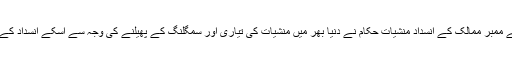
دوسری طرف شانگھائی تعاون تنظیم کے ممبر ممالک کے انسداد منشیات حکام نے دنیا بھر میں منشیات کی تیاری اور سمگلنگ کے پھیلنے کی وجہ سے اسکے انسداد کے لیے تعاون کو بڑھانے کا اعادہ کیا ہے۔